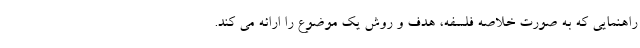
راهنمایی که به صورت خلاصه فلسفه، هدف و روش یک موضوع را ارائه می کند.